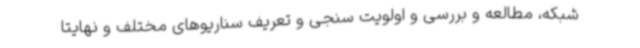
شبکه، مطالعه و بررسی و اولویت سنجی و تعریف سناریوهای مختلف و نهایتا